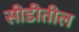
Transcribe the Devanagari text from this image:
सीडीतील